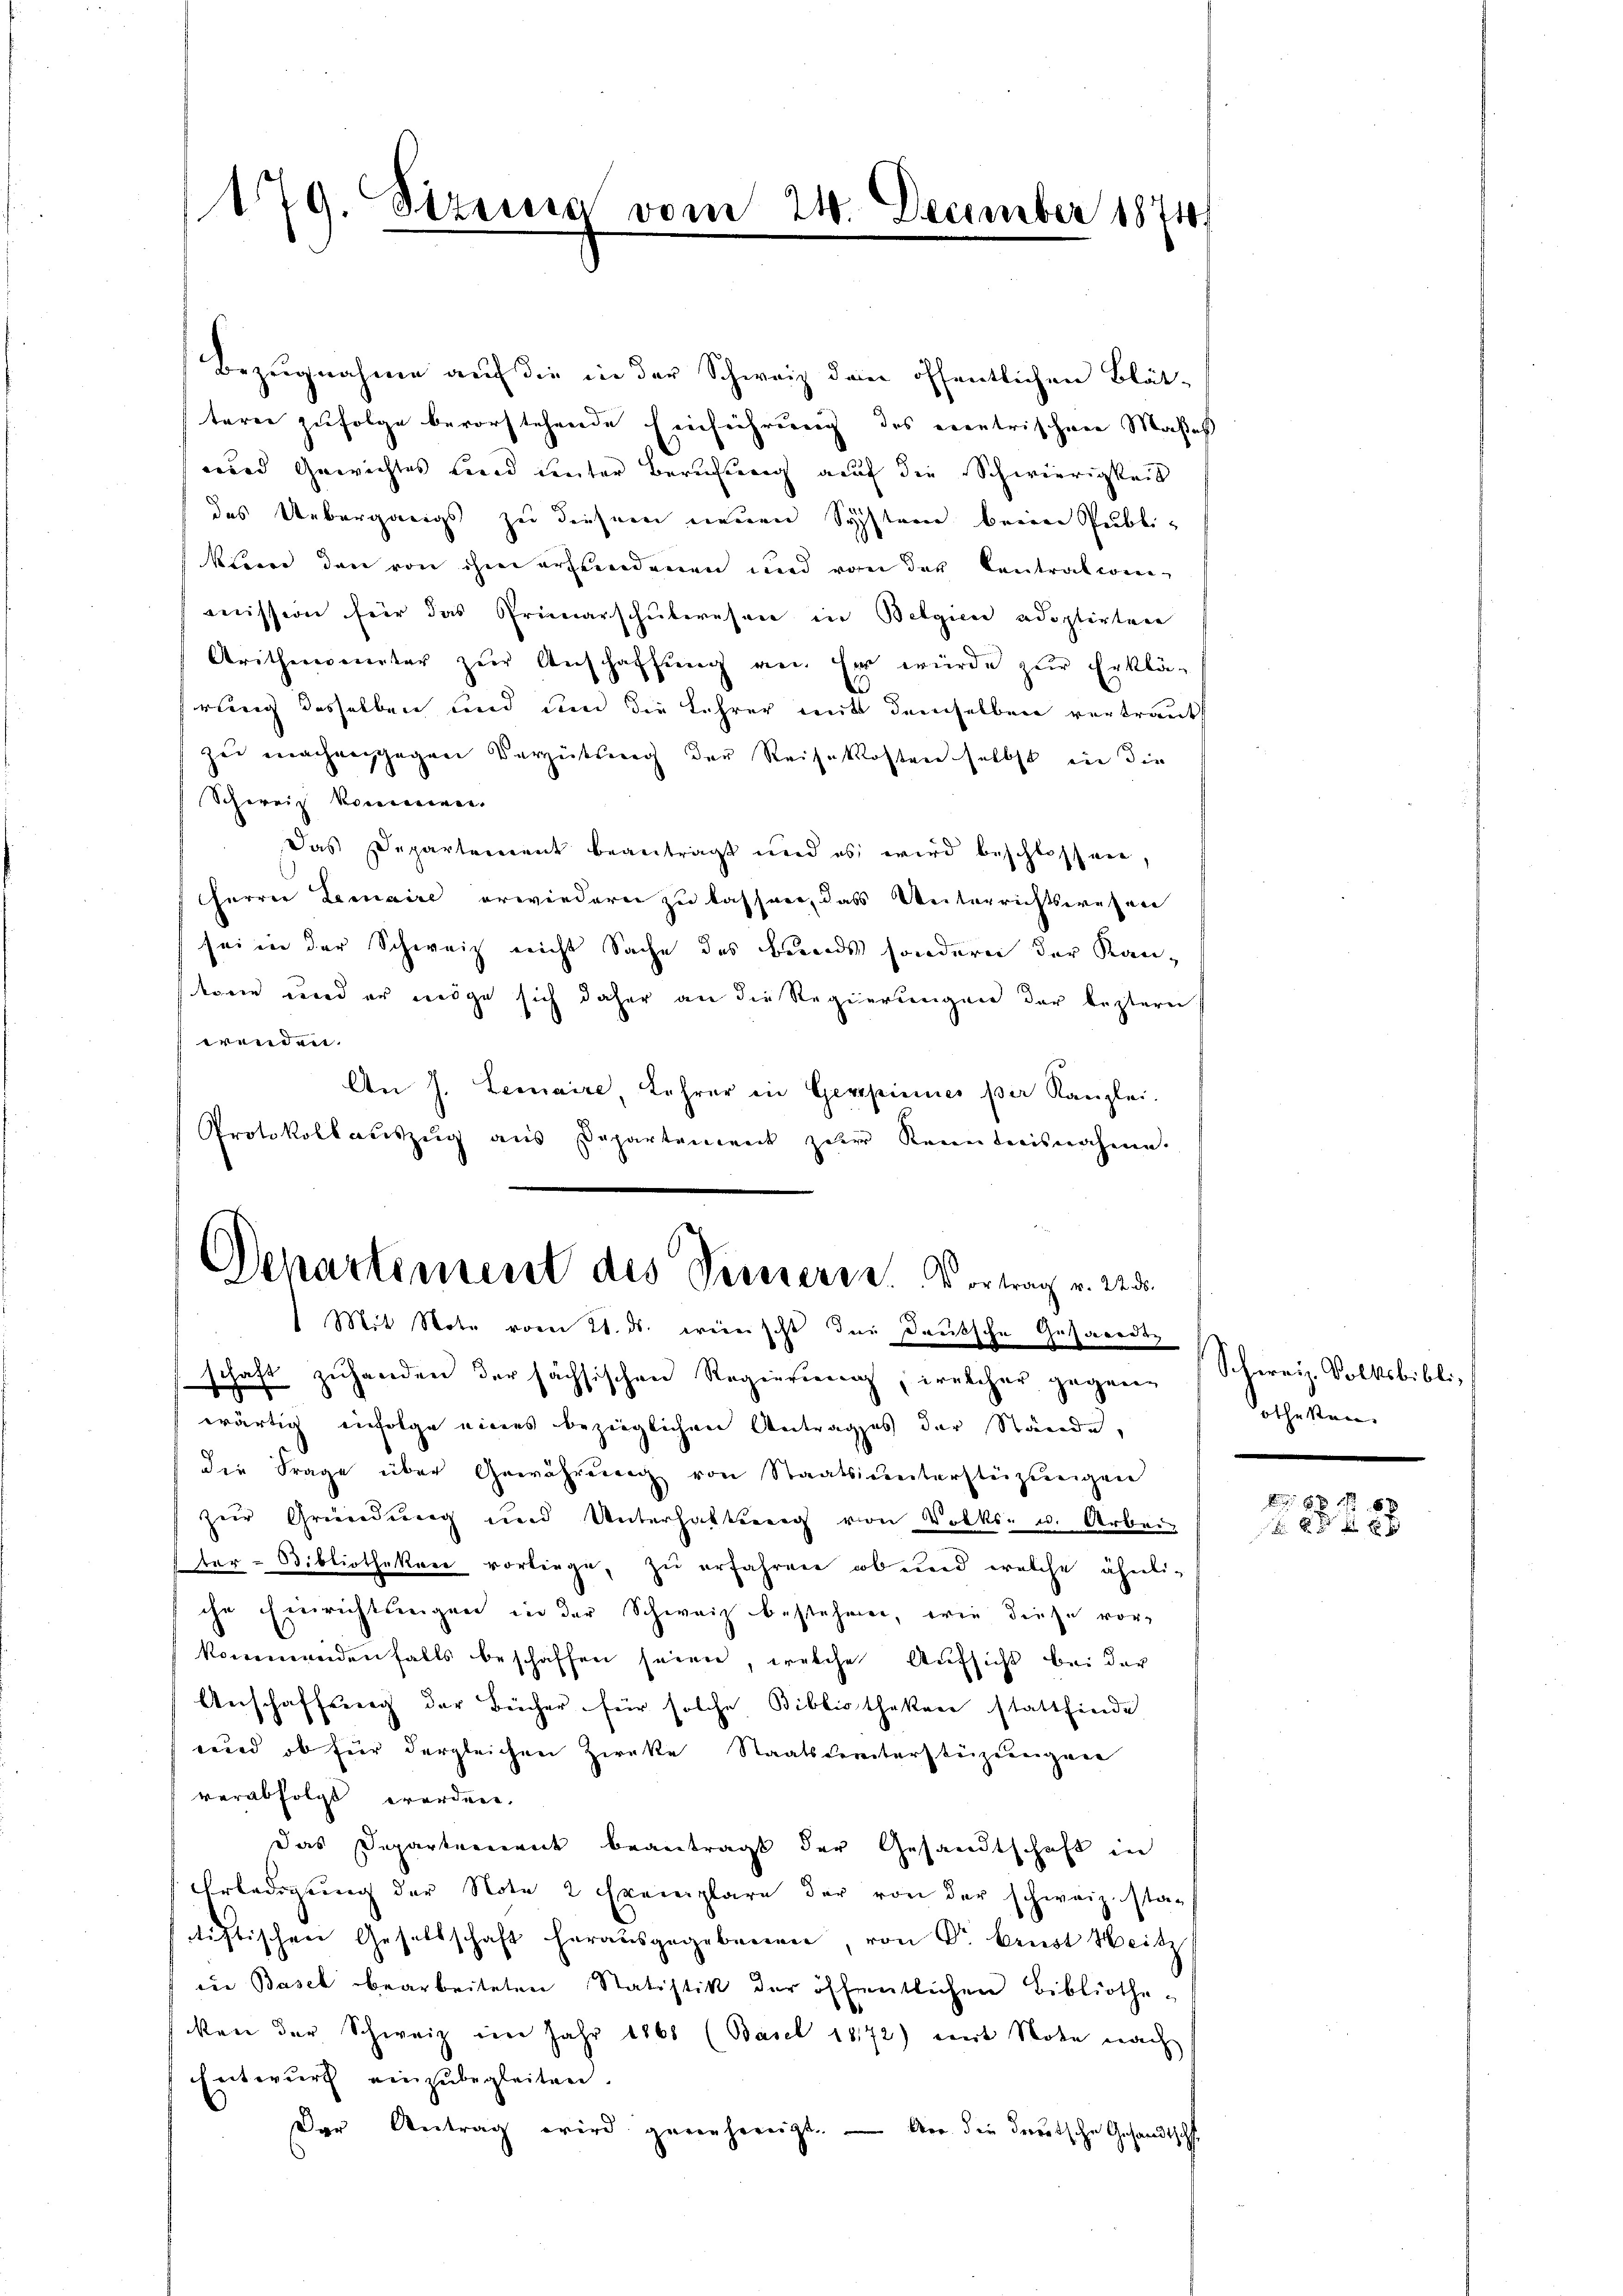
179. Sizinia vom 24. December 1874
.

Bezugnahme auf die in der Schweiz den öffentlichen Blät-
terer zufolge bevorstehende Einführung des erentrischen Maßes
wird Gewichtes und unter Berufung auf die Schwierigkeit
das Uebergangs zu diesem neuen System beim Publi-
klare den von ihm ersendenen und von der Contrationen-
mission für das Primarschŭlwesen in Belgicae adoptirtere
Aritherinter zur Anschaffung an. Er würde zur Erklä-
rung desselben und um die Lehrer mit demselben vertraut
zu machensgegen Vergütung der Reisekosten selbst in die
Scherrich kommen.
Das Departement beantragt und es wird beschlossen,
Herrn Lemaire erwiedern zu lassen, das Weiterrichtswesen
sei in der Schweiz nicht Sache des Bunds sondern der Kan-
koren wird er möge sich daher an die Regierungen der leztern
wenden.
An J. Lemaire, Lehrer in Gespinnes par Kanzlei.
Protokollaŭszŭg ans Departement zur Kenntnisnahme.
Departement des Seineren. Vertrag v. 2.

1 Mit Note vom 21. ds. weinscht der Deutsche Gesandts

schaft zuhanden der sächsischen Regierung, welcher gegenwärtig infolge eines bezüglichen Antrages der Stände,
die Frage über Gewährung von Staatsunterstüztungen
zur Gründung und Unterhaltung von Volks- u. Arbeit
ter-Bibliothekar vorliege, zu erfahren ob und welche ähnliche Einrichtungen in der Schweiz bestehen, wie diese vor-
kommendenfalls beschaffen seien, welche Aufsicht bei der
Anschaffung der Bücher für solche Bibliothekar stattfinde
wird, ob für dergleichen Zwecke Staatsvereiterstüzungene
verabfolgt werden.
das Departement beantragt der Gesandtschaft in
Erledigung der Note 2 Exemplare der von der schweiz. stan
tistischen Gesellschaft herausgegebenen, von Dr. Benot Heitz
in Basel bearbeiteten Statistik der öffentlichen Bibliothe-
ken der Schweiz im Jahr 1868 (Basel 1872) mit Note nach
Entwurf einzubegleiten.
Der Antrag wird genehmigt. — An die deutsche Gesandtsch

Schweiz. Volksbibli,
othesten.

8xx
0 f 25 xx